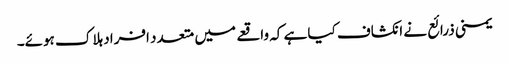
یمنی ذرائع نے انکشاف کیا ہے کہ واقعے میں متعدد افراد ہلاک ہوئے۔